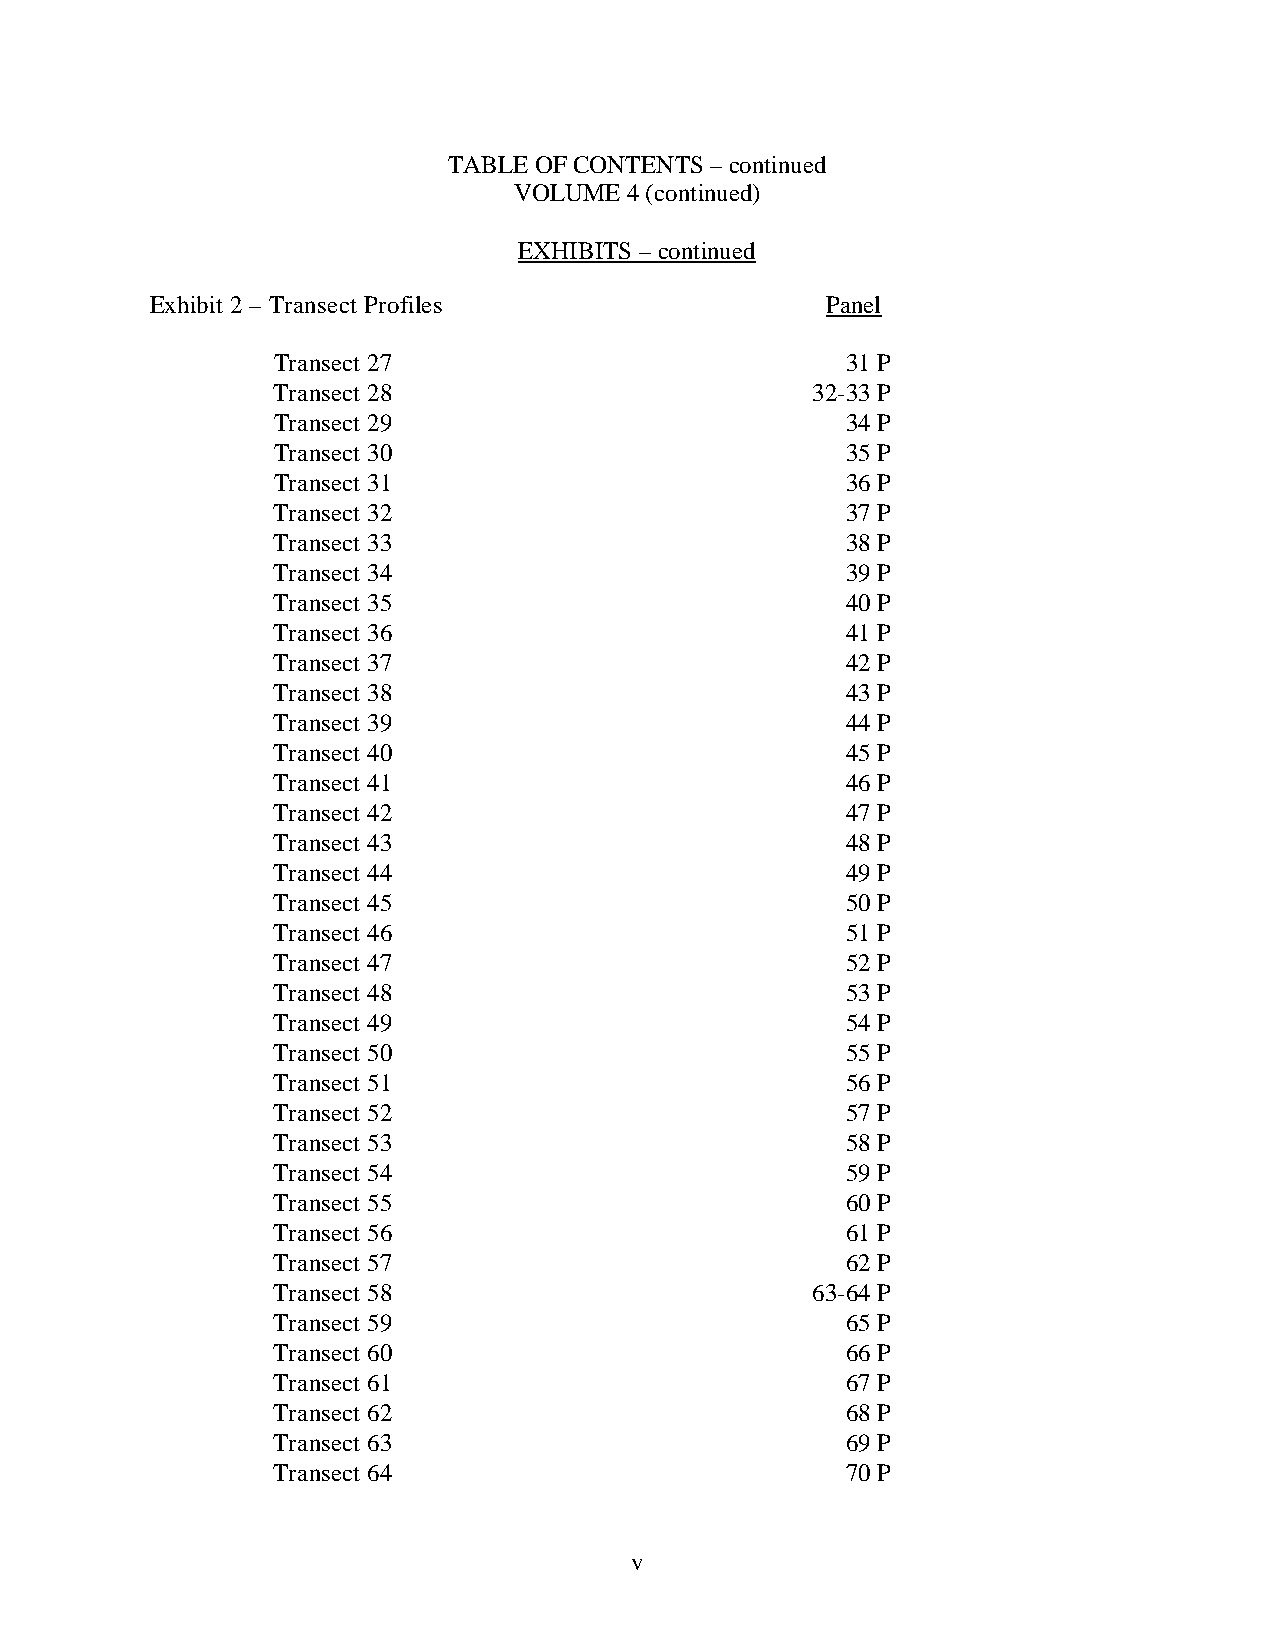
TABLE OF CONTENTS – continued
 VOLUME 4 (continued)
 EXHIBITS – continued
 Exhibit 2 – Transect Profiles                Panel
 Transect 27                           31 P
 Transect 28                         32-33 P
 Transect 29                           34 P
 Transect 30                           35 P
 Transect 31                           36 P
 Transect 32                           37 P
 Transect 33                           38 P
 Transect 34                           39 P
 Transect 35                           40 P
 Transect 36                           41 P
 Transect 37                           42 P
 Transect 38                           43 P
 Transect 39                           44 P
 Transect 40                           45 P
 Transect 41                           46 P
 Transect 42                           47 P
 Transect 43                           48 P
 Transect 44                           49 P
 Transect 45                           50 P
 Transect 46                           51 P
 Transect 47                           52 P
 Transect 48                           53 P
 Transect 49                           54 P
 Transect 50                           55 P
 Transect 51                           56 P
 Transect 52                           57 P
 Transect 53                           58 P
 Transect 54                           59 P
 Transect 55                           60 P
 Transect 56                           61 P
 Transect 57                           62 P
 Transect 58                         63-64 P
 Transect 59                           65 P
 Transect 60                           66 P
 Transect 61                           67 P
 Transect 62                           68 P
 Transect 63                           69 P
 Transect 64                           70 P
 v